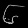
Digit: ၆